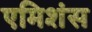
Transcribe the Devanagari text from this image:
एमिशंस